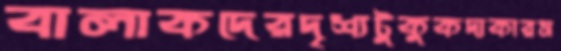
বালাকদেরদৃশ্যটুকুকদাকারস